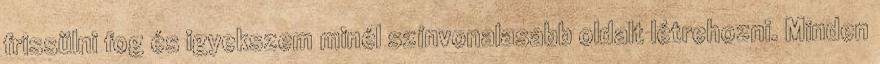
frissülni fog és igyekszem minél színvonalasabb oldalt létrehozni. Minden